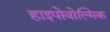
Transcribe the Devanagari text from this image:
हाइपोवोल्मिक